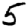
Digit: 5